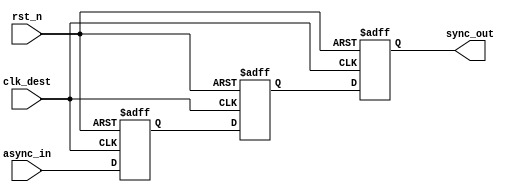
module meta_stability_filter (
    input  wire clk_dest,  // Clock for the destination domain
    input  wire rst_n,     // Active low reset
    input  wire async_in,  // Asynchronous input from the source domain
    output reg  sync_out   // Synchronized output to the destination domain
);

    // Internal signals for the flip-flops
    reg ff1, ff2;

    // First stage flip-flop
    always @(posedge clk_dest or negedge rst_n) begin
        if (!rst_n)
            ff1 <= 1'b0;  // Reset state
        else
            ff1 <= async_in;  // Sample the asynchronous input
    end

    // Second stage flip-flop
    always @(posedge clk_dest or negedge rst_n) begin
        if (!rst_n)
            ff2 <= 1'b0;  // Reset state
        else
            ff2 <= ff1;  // Sample the output of the first flip-flop
    end

    // Output assignment
    always @(posedge clk_dest or negedge rst_n) begin
        if (!rst_n)
            sync_out <= 1'b0;  // Reset state
        else
            sync_out <= ff2;  // Output from the last flip-flop
    end

endmodule